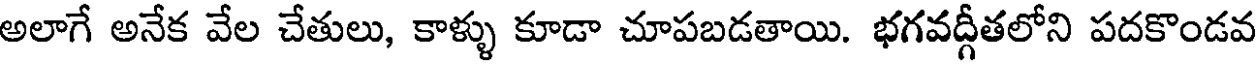
అలాగే అనేక వేల చేతులు, కాళ్ళు కూడా చూపబడతాయి. భగవద్గీతలోని పదకొండవ